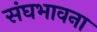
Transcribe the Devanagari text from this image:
संघभावना